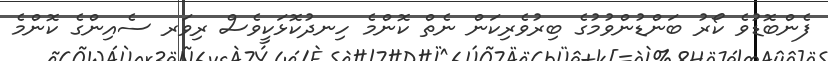
ފެންބޮޑުވެ ކޯރު ބަންޑުންވުމުގެ ބިރުވެރިކަން ނެތް ކޮންމެ ހިނދުކޮޅަކީވެސް ރިވަރ ސެއިންގެ ކޮންމެ